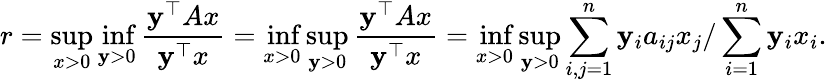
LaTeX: r=\operatorname*{sup}_{x>0}\operatorname*{inf}_{\mathbf{y}>0}{\frac{{\mathbf{y}^{\top}Ax}}{{\mathbf{y}^{\top}x}}}=\operatorname*{inf}_{x>0}\operatorname*{sup}_{\mathbf{y}>0}{\frac{{\mathbf{y}^{\top}Ax}}{{\mathbf{y}^{\top}x}}}=\operatorname*{inf}_{x>0}\operatorname*{sup}_{\mathbf{y}>0}\sum_{i,j=1}^{n}\mathbf{y}_{i}a_{ij}x_{j}/\sum_{i=1}^{n}\mathbf{y}_{i}x_{i}.